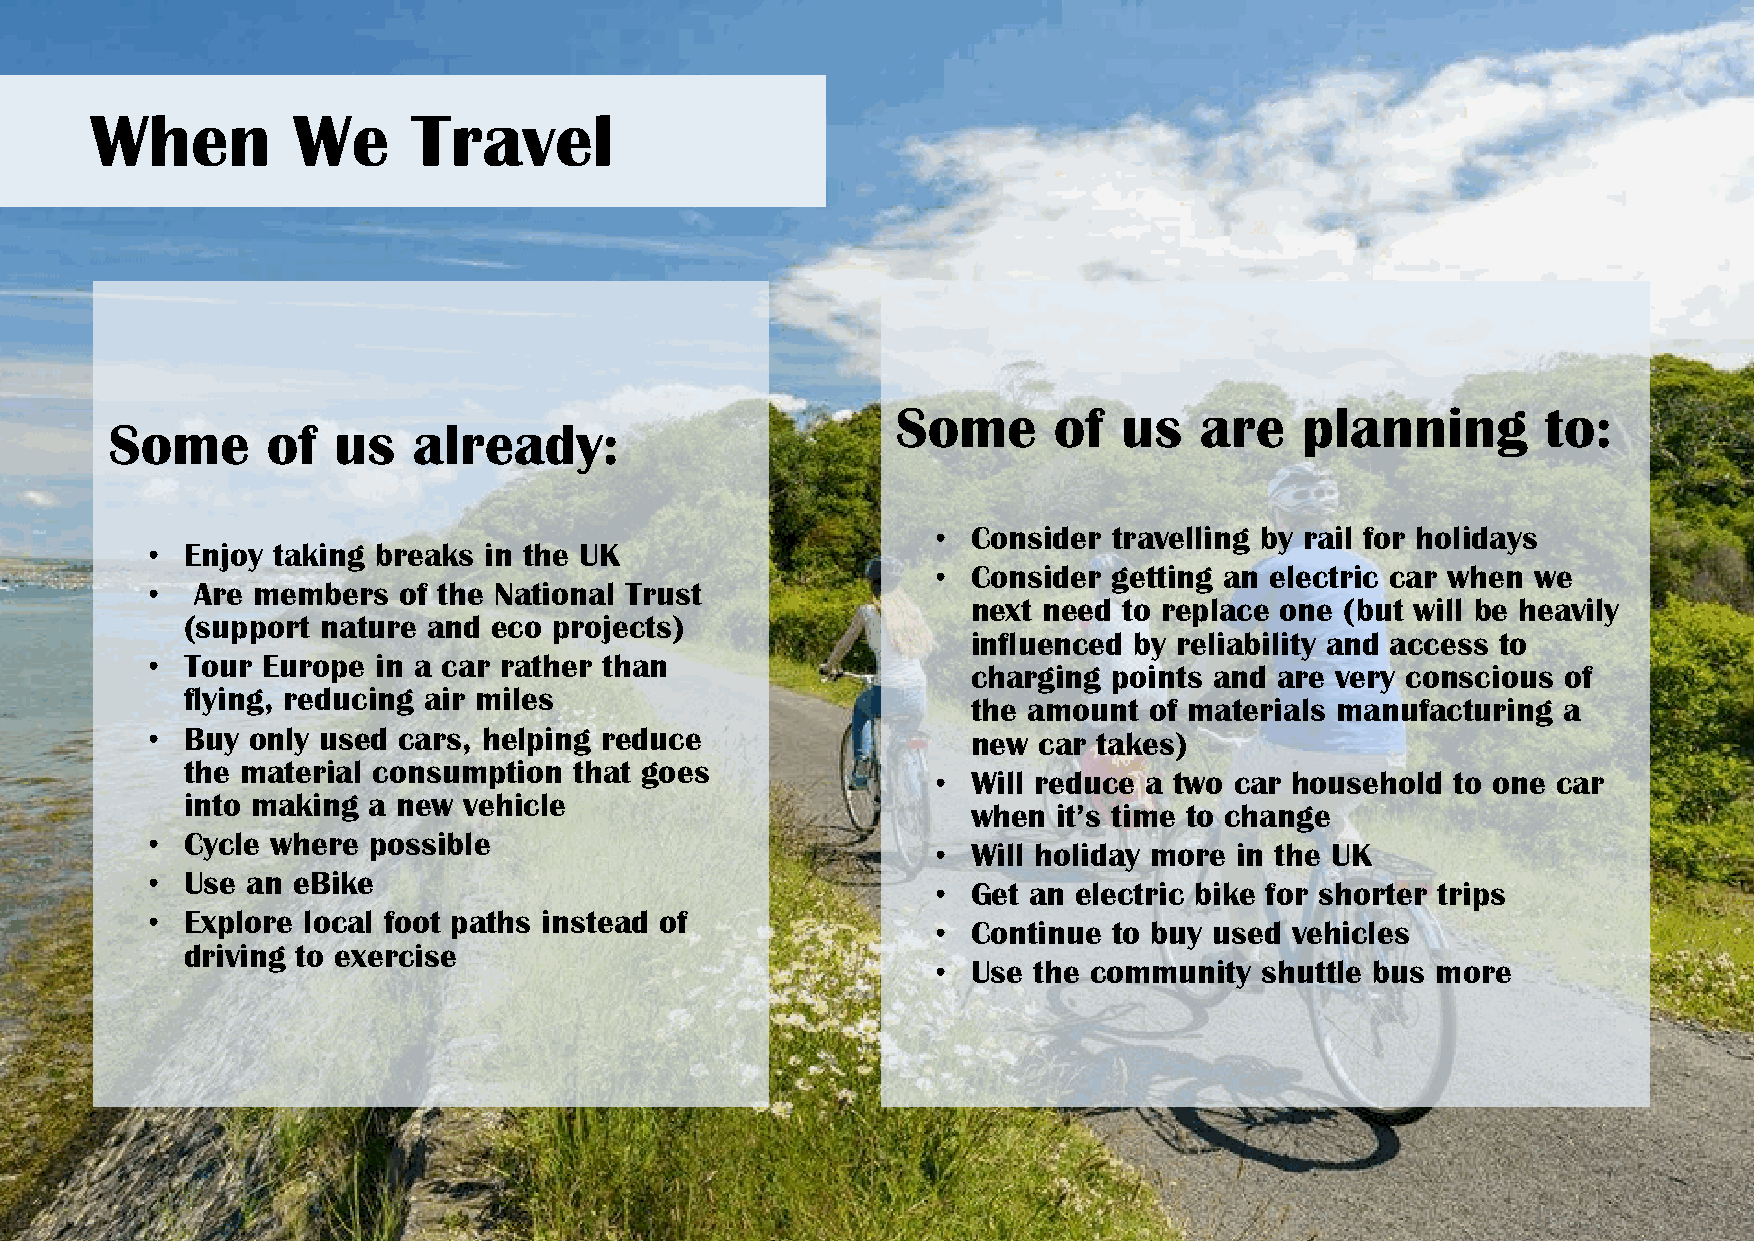
When         We      Travel
 Some       of  us   are    planning        to:
 Some       of  us   already:
 • Consider  travelling by rail for holidays
 • Enjoy taking breaks in the UK
 • Consider  getting an electric car when we
 •  Are members  of the National Trust
 next need to replace one (but will be heavily
 (support nature and  eco projects)
 influenced by reliability and access to
 • Tour Europe  in a car rather than
 charging  points and are very conscious of
 flying, reducing air miles
 the amount  of materials manufacturing a
 • Buy only used cars, helping reduce                  new  car takes)
 the material consumption  that goes               • Will reduce a two car household to one car
 into making a new  vehicle
 when  it’s time to change
 • Cycle where possible                              • Will holiday more in the UK
 • Use an eBike                                      • Get an electric bike for shorter trips
 • Explore local foot paths instead of               • Continue  to buy used vehicles
 driving to exercise
 • Use the community   shuttle bus more